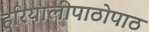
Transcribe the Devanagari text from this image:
हरियालीपाठोपाठ